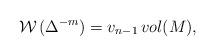
LaTeX: \begin{align*}\mathcal{W}\,( \Delta ^{-m})= v_{n-1} \, vol(M),\end{align*}